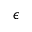
\epsilon